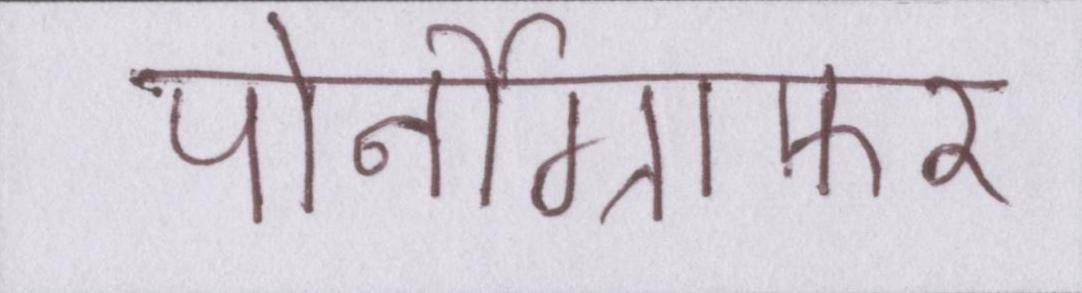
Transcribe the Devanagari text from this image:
पोर्नोग्राफ़र